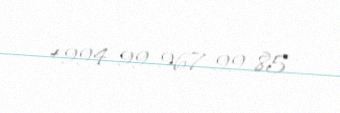
+994 99 967 99 85